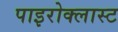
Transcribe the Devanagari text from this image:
पाइरोक्लास्ट